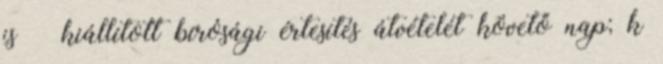
is – kiállított bírósági értesítés átvételét követő nap; k